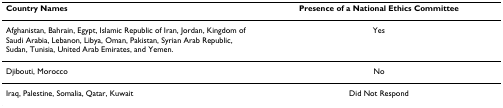
| Country Names | Presence of a National Ethics Committee |
 | --- | --- |
 | Afghanistan, Bahrain, Egypt, Islamic Republic of Iran, Jordan, Kingdom of Saudi Arabia, Lebanon, Libya, Oman, Pakistan, Syrian Arab Republic, Sudan, Tunisia, United Arab Emirates, and Yemen. | Yes |
 | Djibouti, Morocco | No |
 | Iraq, Palestine, Somalia, Qatar, Kuwait | Did Not Respond |